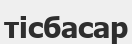
тісбасар